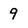
Character: 9